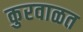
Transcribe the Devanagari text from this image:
कुरवाळत